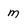
Character: M